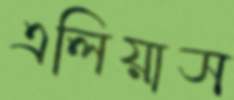
এলিয়াস